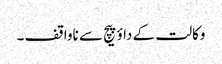
وکالت کے داؤ پیچ سے ناواقف ۔